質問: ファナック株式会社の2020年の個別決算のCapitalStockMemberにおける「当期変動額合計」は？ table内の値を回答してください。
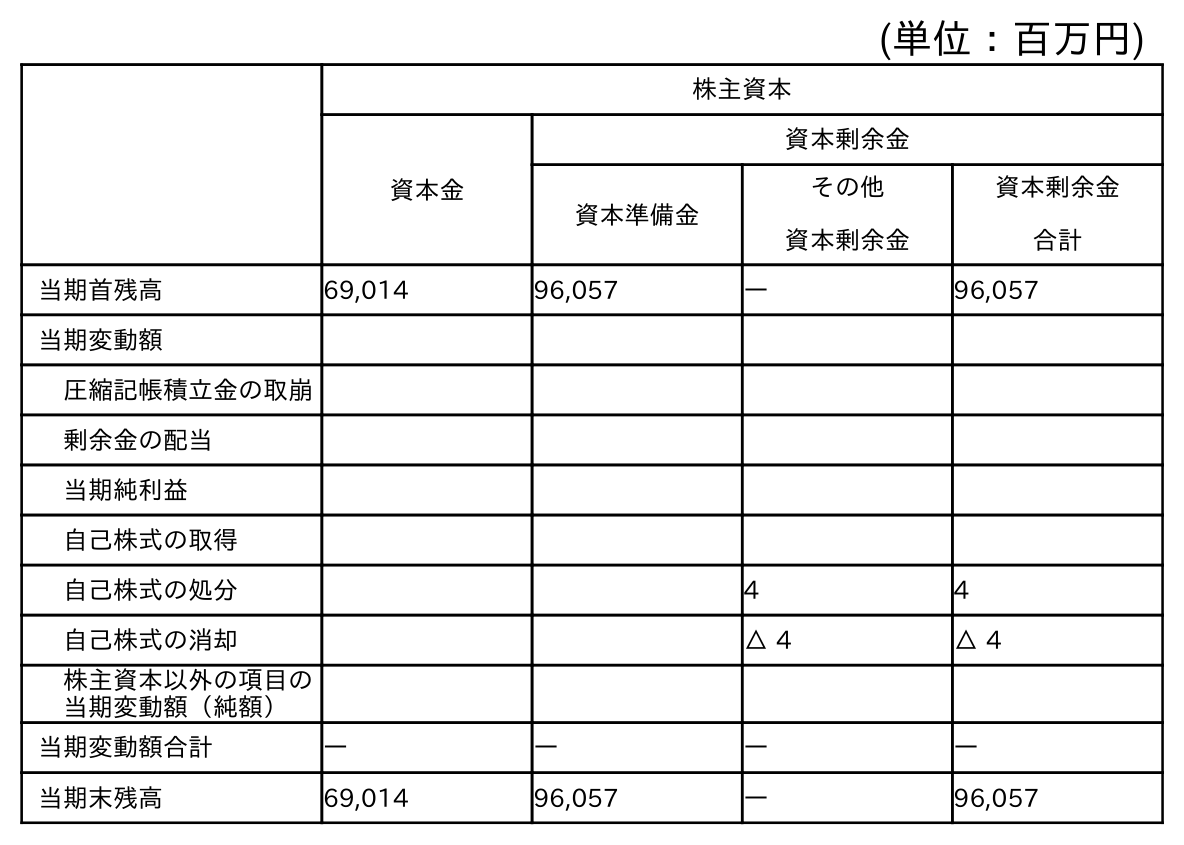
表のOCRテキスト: (単位：百万円) 株主資本 資本金 資本剰余金 資本準備金 その他 資本剰余金 資本剰余金 合計 当期首残高 69,014 96,057 ― 96,057 当期変動額 圧縮記帳積立金の取崩 剰余金の配当 当期純利益 自己株式の取得 自己株式の処分 4 4 自己株式の消却 △ 4 △ 4 株主資本以外の項目の 当期変動額（純額） 当期変動額合計 ― ― ― ― 当期末残高 69,014 96,057 ― 96,057
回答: ―